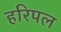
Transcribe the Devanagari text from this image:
हरिपल